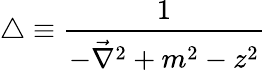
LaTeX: \triangle\equiv\frac{1}{-\vec{\nabla}^{2}+m^{2}-z^{2}}